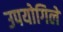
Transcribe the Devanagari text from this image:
उपयोगिले